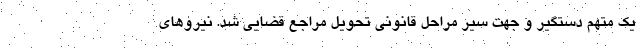
یک متهم دستگیر و جهت سیر مراحل قانونی تحویل مراجع قضایی شد. نیروهای